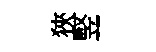
狹竪